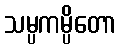
သမ္ပကမ္ပိတော